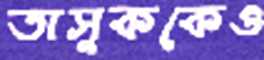
তাসুককেও